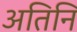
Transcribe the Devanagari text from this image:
अतिनि